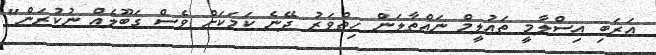
އަރަބި އިސްލާމީ ތައުލީމް ނައްތާލަން ހިތްވަރު ދޭނެ ކަމަކަށް ވެސް ގަބޫލެއް ނުކުރަން"